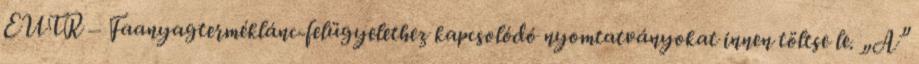
EUTR – Faanyagterméklánc-felügyelethez kapcsolódó nyomtatványokat innen töltse le. „A”